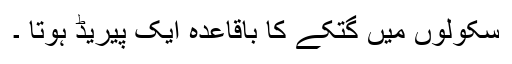
سکولوں میں گتکے کا باقاعدہ ایک پیریڈ ہوتا ۔